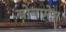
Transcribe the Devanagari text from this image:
बोनामेस